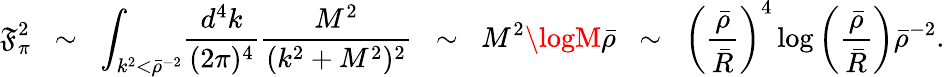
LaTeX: \mathfrak{F}_{\pi}^{2}\; \; \sim\; \; \int_{k^{2}<\bar{{\rho}}^{-2}}\! \frac{{d^{4}k}}{{(2\pi)^{4}}}\frac{{M^{2}}}{{(k^{2}+M^{2})^{2}}}\; \; \sim\; \; M^{2}\logM\bar{{\rho}}\; \; \sim\; \; \left(\frac{{\bar{{\rho}}}}{{\bar{{R}}}}\right)^{4}\log\left(\frac{{\bar{{\rho}}}}{{\bar{{R}}}}\right)\bar{{\rho}}^{-2}.